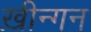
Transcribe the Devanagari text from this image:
ख़ीन्गन